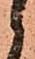
候